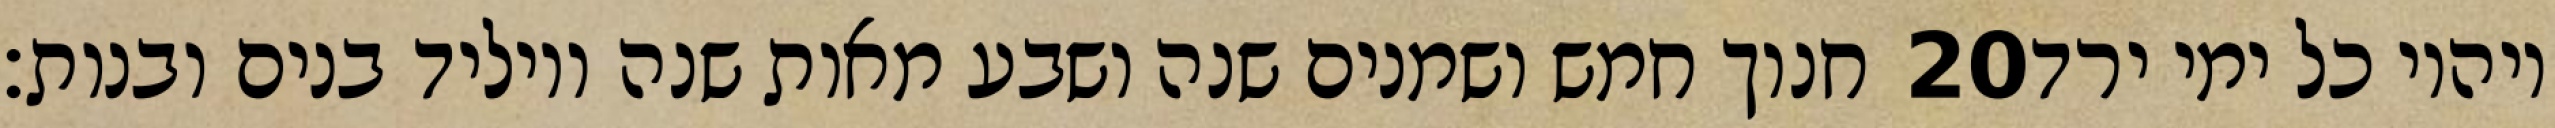
חנוך חמש ושמנים שנה ושבע מאות שנה ויוליד בנים ובנות׃ ‎20‏ ויהיו כל ימי ירד